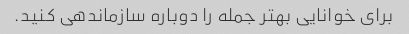
برای خوانایی بهتر جمله را دوباره سازماندهی کنید.